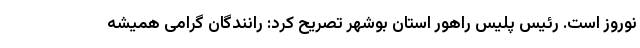
نوروز است. رئیس پلیس راهور استان بوشهر تصریح کرد: رانندگان گرامی همیشه